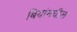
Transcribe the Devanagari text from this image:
बियांमधील